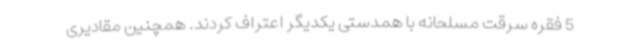
5 فقره سرقت مسلحانه با همدستی یکدیگر اعتراف کردند. همچنین مقادیری